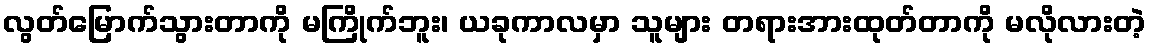
လွတ်မြောက်သွားတာကို မကြိုက်ဘူး၊ ယခုကာလမှာ သူများ တရားအားထုတ်တာကို မလိုလားတဲ့